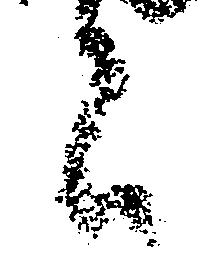
言